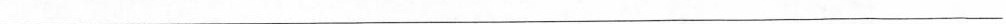
___